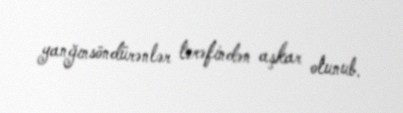
yanğınsöndürənlər tərəfindən aşkar olunub.